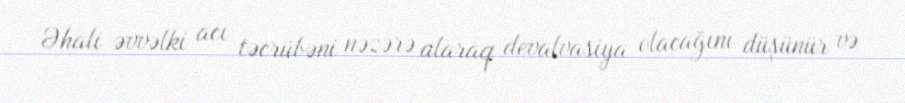
Əhali əvvəlki acı təcrübəni nəzərə alaraq devalvasiya olacağını düşünür və